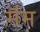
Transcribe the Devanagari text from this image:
मॅम